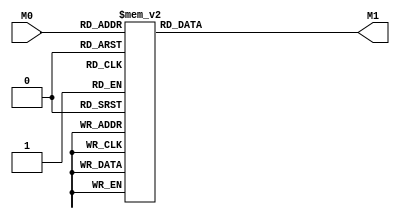
module layer0_N217 ( input [2:0] M0, output [1:0] M1 );

	(*rom_style = "distributed" *) reg [1:0] M1r;
	assign M1 = M1r;
	always @ (M0) begin
		case (M0)
			3'b000: M1r = 2'b11;
			3'b100: M1r = 2'b00;
			3'b010: M1r = 2'b00;
			3'b110: M1r = 2'b00;
			3'b001: M1r = 2'b11;
			3'b101: M1r = 2'b10;
			3'b011: M1r = 2'b01;
			3'b111: M1r = 2'b00;

		endcase
	end
endmodule